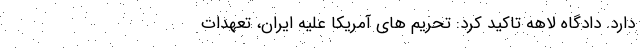
دارد. دادگاه لاهه تاکید کرد: تحریم های آمریکا علیه ایران، تعهدات